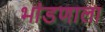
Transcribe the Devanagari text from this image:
भांडणाला